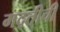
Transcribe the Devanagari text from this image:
मद्तीची